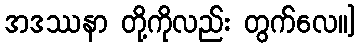
အဒဿနာ တို့ကိုလည်း တွက်လေ။]